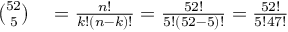
\begin{array} { r l } { { \binom { 5 2 } { 5 } } } & { { } = { \frac { n ! } { k ! ( n - k ) ! } } = { \frac { 5 2 ! } { 5 ! ( 5 2 - 5 ) ! } } = { \frac { 5 2 ! } { 5 ! 4 7 ! } } } \end{array}